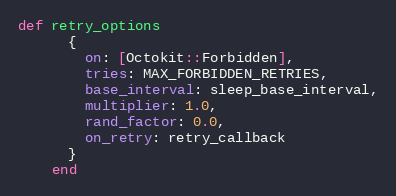
Language: Ruby
def retry_options
      {
        on: [Octokit::Forbidden],
        tries: MAX_FORBIDDEN_RETRIES,
        base_interval: sleep_base_interval,
        multiplier: 1.0,
        rand_factor: 0.0,
        on_retry: retry_callback
      }
    end